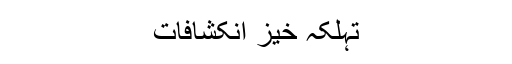
تہلکہ خیز انکشافات